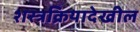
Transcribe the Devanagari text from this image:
शस्त्रक्रियादेखील